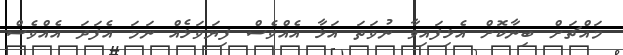
މައްޗަށް ބިނާކޮށް އެޅިފައިވާ ނުވަތަ އަޅާ އެއްވެސް ފިޔަވަޅެއް ނަމަ އެފަދަ އެއްވެސް